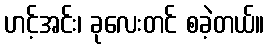
ဟင့်အင်း၊ ခုလေးတင် စခဲ့တယ်။